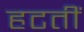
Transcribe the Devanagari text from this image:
हटतीं